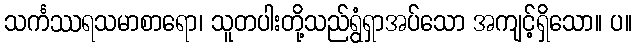
သင်္ကဿရသမာစာရော၊ သူတပါးတို့သည်ရွံရှာအပ်သော အကျင့်ရှိသော။ ပ။